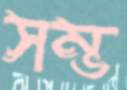
সম্ভ